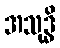
အသုဒ္ဓိ